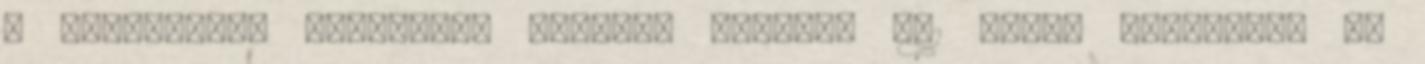
a csatahajók rendkívül erősnek tartott 381 mm-es lövedékei is